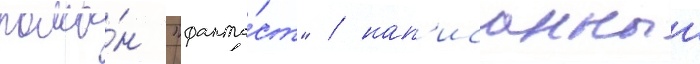
рома́н "фанта́ст" / нап'исанныи